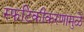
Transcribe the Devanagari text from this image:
स्फटिकीकरणामुळे